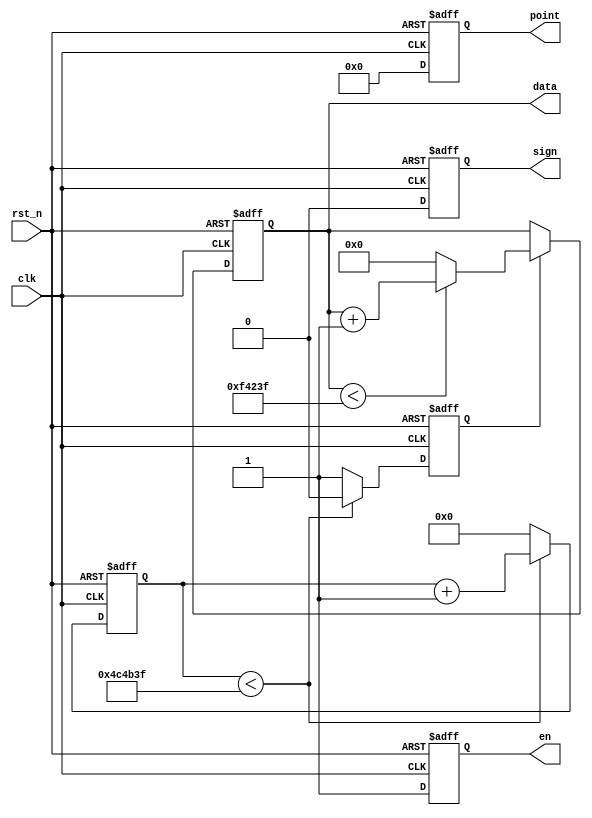
//****************************************Copyright (c)***********************************//
//www.openedv.com
//http://openedv.taobao.com 
//""FPGA & STM32
//
//Copyright(C)  2018-2028
//All rights reserved                                  
//----------------------------------------------------------------------------------------
// File name:           count
// Last modified Date:  2018/3/13 8:36:43
// Last Version:        V1.0
// Descriptions:        
//----------------------------------------------------------------------------------------
// Created by:          
// Created date:        2018/3/13 8:36:37
// Version:             V1.0
// Descriptions:        The original version
//
//----------------------------------------------------------------------------------------
//****************************************************************************************//

module count(
    //mudule clock
    input                   clk  ,      // 
    input                   rst_n,      // 
    
    //user interface
    output   reg [19:0]     data ,      // 6
    output   reg [ 5:0]     point,      // ,
    output   reg            en   ,      // 
    output   reg            sign        // 
);

//parameter define
parameter  MAX_NUM = 23'd5000_000;      // 

//reg define
reg    [22:0]   cnt ;                   // 100ms
reg             flag;                   // 

//*****************************************************
//**                    main code
//*****************************************************

//10ms
always @ (posedge clk or negedge rst_n) begin
    if (!rst_n) begin
        cnt <= 23'b0;
        flag<= 1'b0;
    end
    else if (cnt < MAX_NUM - 1'b1) begin
        cnt <= cnt + 1'b1;
        flag<= 1'b0;
    end
    else begin
        cnt <= 23'b0;
        flag <= 1'b1;
    end
end 

//0999999
always @ (posedge clk or negedge rst_n) begin
    if (!rst_n)begin
        data  <= 20'b0;
        point <=6'b000000;
        en    <= 1'b0;
        sign  <= 1'b0;
    end 
    else begin
        point <= 6'b000000;             //
        en    <= 1'b1;                  //
        sign  <= 1'b0;                  //
        if (flag) begin                 //0.01s
            if(data < 20'd999999) 
                data <= data +1'b1;     
            else
                data <= 20'b0;
        end 
    end 
end 

endmodule